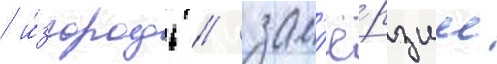
/ и́згородь / зам'ё́рзшее